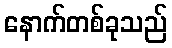
နောက်တစ်ခုသည်